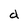
Character: d